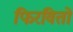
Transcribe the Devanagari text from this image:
फिरवितो